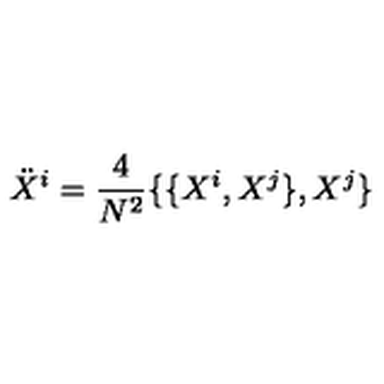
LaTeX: { \ddot { X } } ^ { i } = \frac { 4 } { N ^ { 2 } } \{ \{ X ^ { i } , X ^ { j } \} , X ^ { j } \}